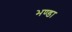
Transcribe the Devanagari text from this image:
भण्डा